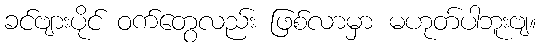
ခင်ဗျားပိုင် ဝက်တွေလည်း ဖြစ်လာမှာ မဟုတ်ပါဘူးဗျ။